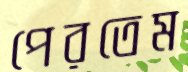
পেরতেম